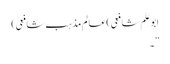
ابوعَلَم شافعی)عالمِ مذہب ِشافعی)
”۔